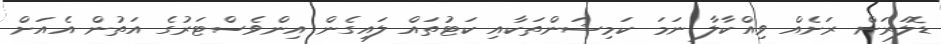
ޑޮލަރަށް ރަށެއް ވިއްކާލާ ނަމަ ކަމިޝަންތަކާއި ކަޓުތައް ލައިގެން އިންވެސްޓަރުގެ އަތުން އެއަށް